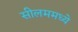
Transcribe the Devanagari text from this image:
सीलममध्ये